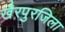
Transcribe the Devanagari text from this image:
खैरपुरजिला